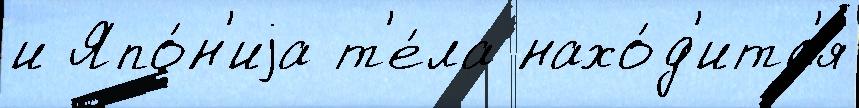
и Япо́н'иjа т'е́ла нахо́д'итс'я